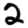
Digit: 2